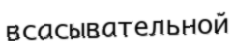
всасывательной